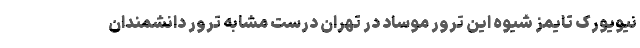
نیویورک تایمز شیوه این ترور موساد در تهران درست مشابه ترور دانشمندان